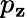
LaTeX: p_{\mathbf{z}}